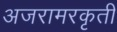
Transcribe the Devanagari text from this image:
अजरामरकृती